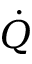
\dot { Q }